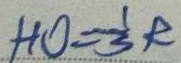
H O = \frac { 1 } { 3 } R